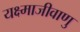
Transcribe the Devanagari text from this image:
यक्ष्माजीवाणु